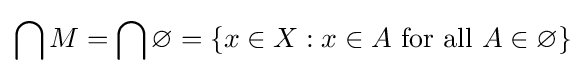
\bigcap M=\bigcap \varnothing =\{x\in X:x\in A{\text{ for all }}A\in \varnothing \}